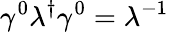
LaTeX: \gamma^{0}\lambda^{\dagger}\gamma^{0}=\lambda^{-1}